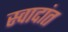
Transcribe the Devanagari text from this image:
स्वादांत